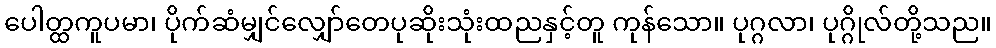
ပေါတ္ထကူပမာ၊ ပိုက်ဆံမျှင်လျှော်တေပုဆိုးသုံးထညနှင့်တူ ကုန်သော။ ပုဂ္ဂလာ၊ ပုဂ္ဂိုလ်တို့သည။